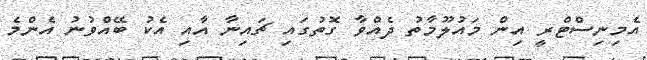
އެމިނިސްޓްރީ އިން މައުލޫމާތު ދެއްވާ ގޮތުގައި ޗައިނާ އާއި އެކު ބޭއްވުނު އެންމެ